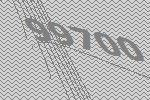
99700